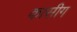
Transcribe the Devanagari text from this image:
कासीग